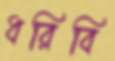
ধরিবি